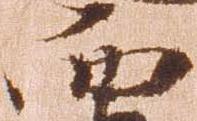
而